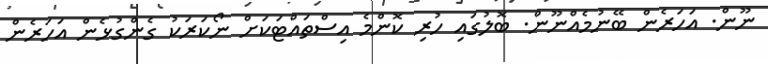
ނޫން. އަހަރެން ބޭނުމެއްނޫން. ބޮލުގައި ހުރި ކޮންމެ އިސްތައްޓަކަށް ނޯކަރަކު ގެންގުޅެން އަހަރެން